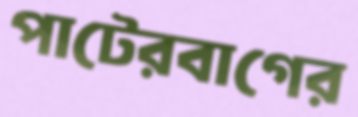
পাটেরবাগের